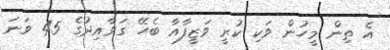
އެ ތިން މީހުން ވަކި ކުރީ ވަޒީފާއާ ބެހޭ ގަވާއިދުގެ 45 ވަނަ